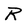
Character: R